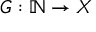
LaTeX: G : \mathbb { N } \rightarrow X